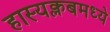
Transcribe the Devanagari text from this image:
हास्यक्लबमध्ये